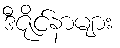
ဒီဇိုင်နာများ